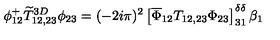
\phi _ { 1 2 } ^ { + } \widetilde T _ { 1 2 , 2 3 } ^ { 3 D } \phi _ { 2 3 } = ( - 2 i \pi ) ^ { 2 } \left[ \overline { \Phi } _ { 1 2 } T _ { 1 2 , 2 3 } \Phi _ { 2 3 } \right] _ { 3 1 } ^ { \delta \delta } \beta _ { 1 }